Annual report of the Civil Veterinary Department, Bengal, for the year 1896-97 - 1896-1897
Year: 1896
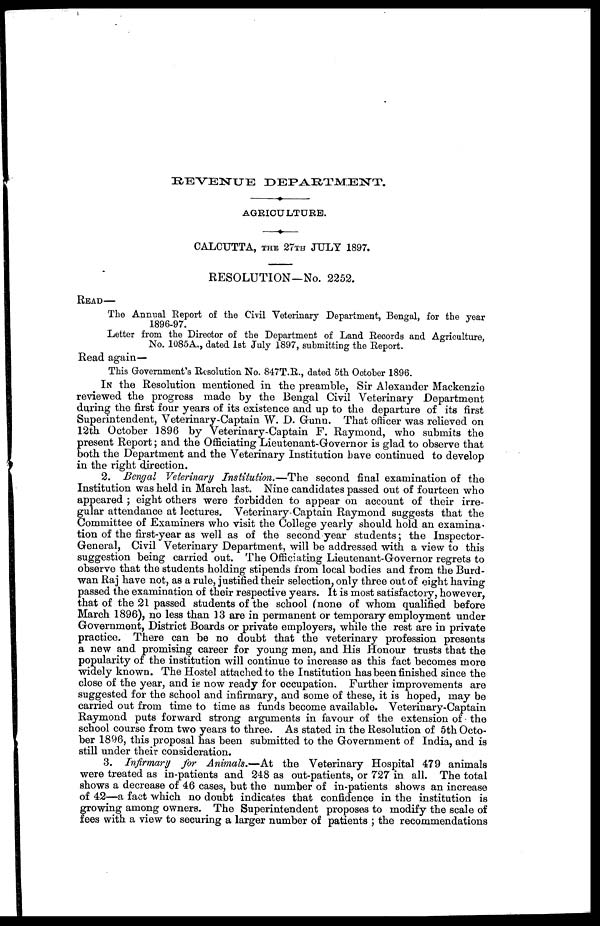
RENENUE
DEPARTMENT.
♦
AGRICULTURE.
♦
CALCUTTA, THE 27TH JULY 1897.
RESOLUTION—No. 2252.
READ—
The Annual Report of the Civil Veterinary Department, Bengal, for the year
1896-97.
Letter from the Director of the Department of Land Records and Agriculture,
No. 1085A., dated 1st July 1897, submitting the Report.
Read again—
This Government's Resolution No. 847T.R., dated 5th October 1896.
In the Resolution mentioned in the preamble, Sir Alexander Mackenzie
reviewed the progress made by the Bengal Civil Veterinary Department
during the first four years of its existence and up to the departure of its first
Superintendent, Veterinary-Captain W. D. Gunn. That officer was relieved on
12th October 1896 by Veterinary-Captain F. Raymond, who submits the
present Report; and the Officiating Lieutenant-Governor is glad to observe that
both the Department and the Veterinary Institution have continued to develop
in the right direction.
2. Bengal Veterinary Institution.—The
second final examination of the
Institution was held in March last. Nine candidates passed out of fourteen who
appeared ; eight others were forbidden to appear on account of their irre-
gular attendance at lectures. Veterinary-Captain Raymond suggests that the
Committee of Examiners who visit the College yearly should hold an examina-
tion of the first-year as well as of the second year students; the Inspector-
General, Civil Veterinary Department, will be addressed with a view to this
suggestion being carried out. The Officiating Lieutenant-Governor regrets to
observe that the students holding stipends from local bodies and from the Burd-
wan Raj have not, as a rule, justified their selection, only three out of eight having
passed the examination of their respective years. It is most satisfactory, however,
that of the 21 passed students of the school (none of whom qualified before
March 1896), no less than 13 are in permanent or temporary employment under
Government, District Boards or private employers, while the rest are in private
practice. There can be no doubt that the veterinary profession presents
a new and promising career for young men, and His Honour trusts that the
popularity of the institution will continue to increase as this fact becomes more
widely known. The Hostel attached to the Institution has been finished since the
close of the year, and is now ready for occupation. Further improvements are
suggested for the school and infirmary, and some of these, it is hoped, may be
carried out from time to time as funds become available. Veterinary-Captain
Raymond puts forward strong arguments in favour of the extension of the
school course from two years to three. As stated in the Resolution of 5th Octo-
ber 1896, this proposal has been submitted to the Government of India, and is
still under their consideration.
3. Infirmary for Animals.—At
the Veterinary Hospital 479 animals
were treated as in-patients and 248 as out-patients, or 727 in all. The total
shows a decrease of 46 cases, but the number of in-patients shows an increase
of 42—a fact which no doubt indicates that confidence in the institution is
growing among owners. The Superintendent proposes to modify the scale of
fees with a view to securing a larger number of patients ; the recommendations